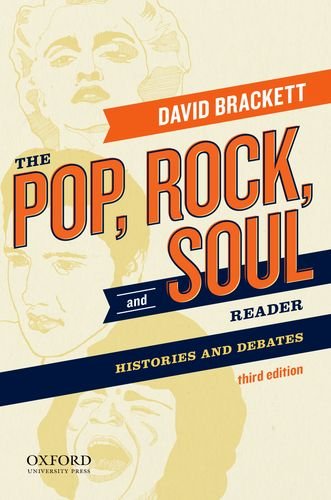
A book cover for The Pop, Rock, and Soul Reader: Histories and Debates; David Brackett; Arts & Photography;